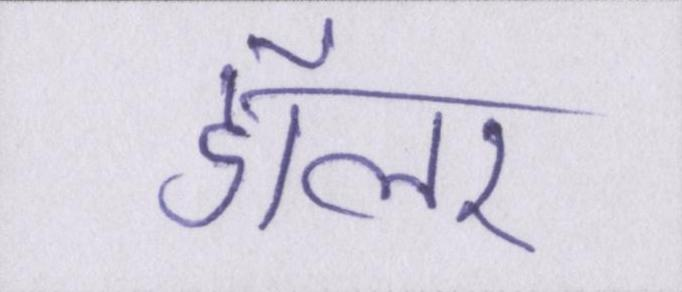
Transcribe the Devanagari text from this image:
डॉलर